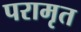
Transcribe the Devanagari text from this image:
परामृत